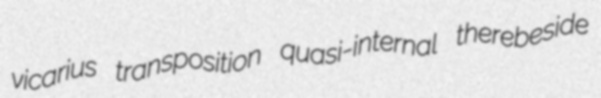
vicarius transposition quasi-internal therebeside